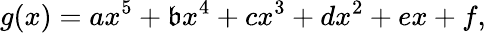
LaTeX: g(x)=ax^{5}+\mathfrak{b}x^{4}+cx^{3}+dx^{2}+ex+f,